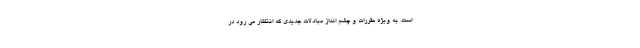
است. به ویژه مقررات و چشم انداز مبادلات جدیدی که انتظار می رود در